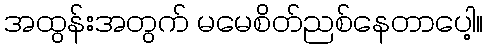
အထွန်းအတွက် မမေစိတ်ညစ်နေတာပေါ့။